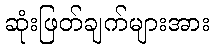
ဆုံးဖြတ်ချက်များအား